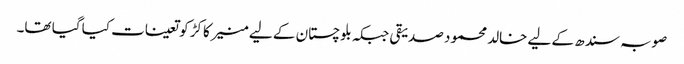
صوبہ سندھ کے لیے خالد محمود صدیقی جبکہ بلوچستان کے لیے منیر کاکڑ کو تعینات کیا گیا تھا۔